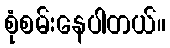
စုံစမ်းနေပါတယ်။